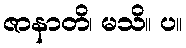
ဇာနာတိ၊ မသိ။ ပ။